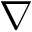
\nabla